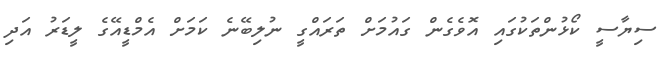
ސިޔާސީ ކޯޅުންތަކުގައި އޮވެގެން ގައުމަށް ތަރައްގީ ނުލިބޭނެ ކަމަށް އެމްޑީއޭގެ ލީޑަރު އަދި